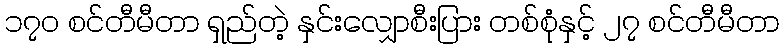
၁၇၀ စင်တီမီတာ ရှည်တဲ့ နှင်းလျှောစီးပြား တစ်စုံနှင့် ၂၇ စင်တီမီတာ